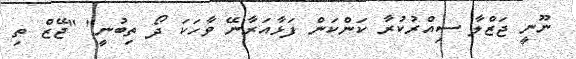
ނޫނީ ޖަޒްލާ ސިއްރުކުރާ ކަންކަން ފަޅާއަރާނޭ ވާހަކަ ދޯ ތިބުނީ" "ޖޭޒް ތި